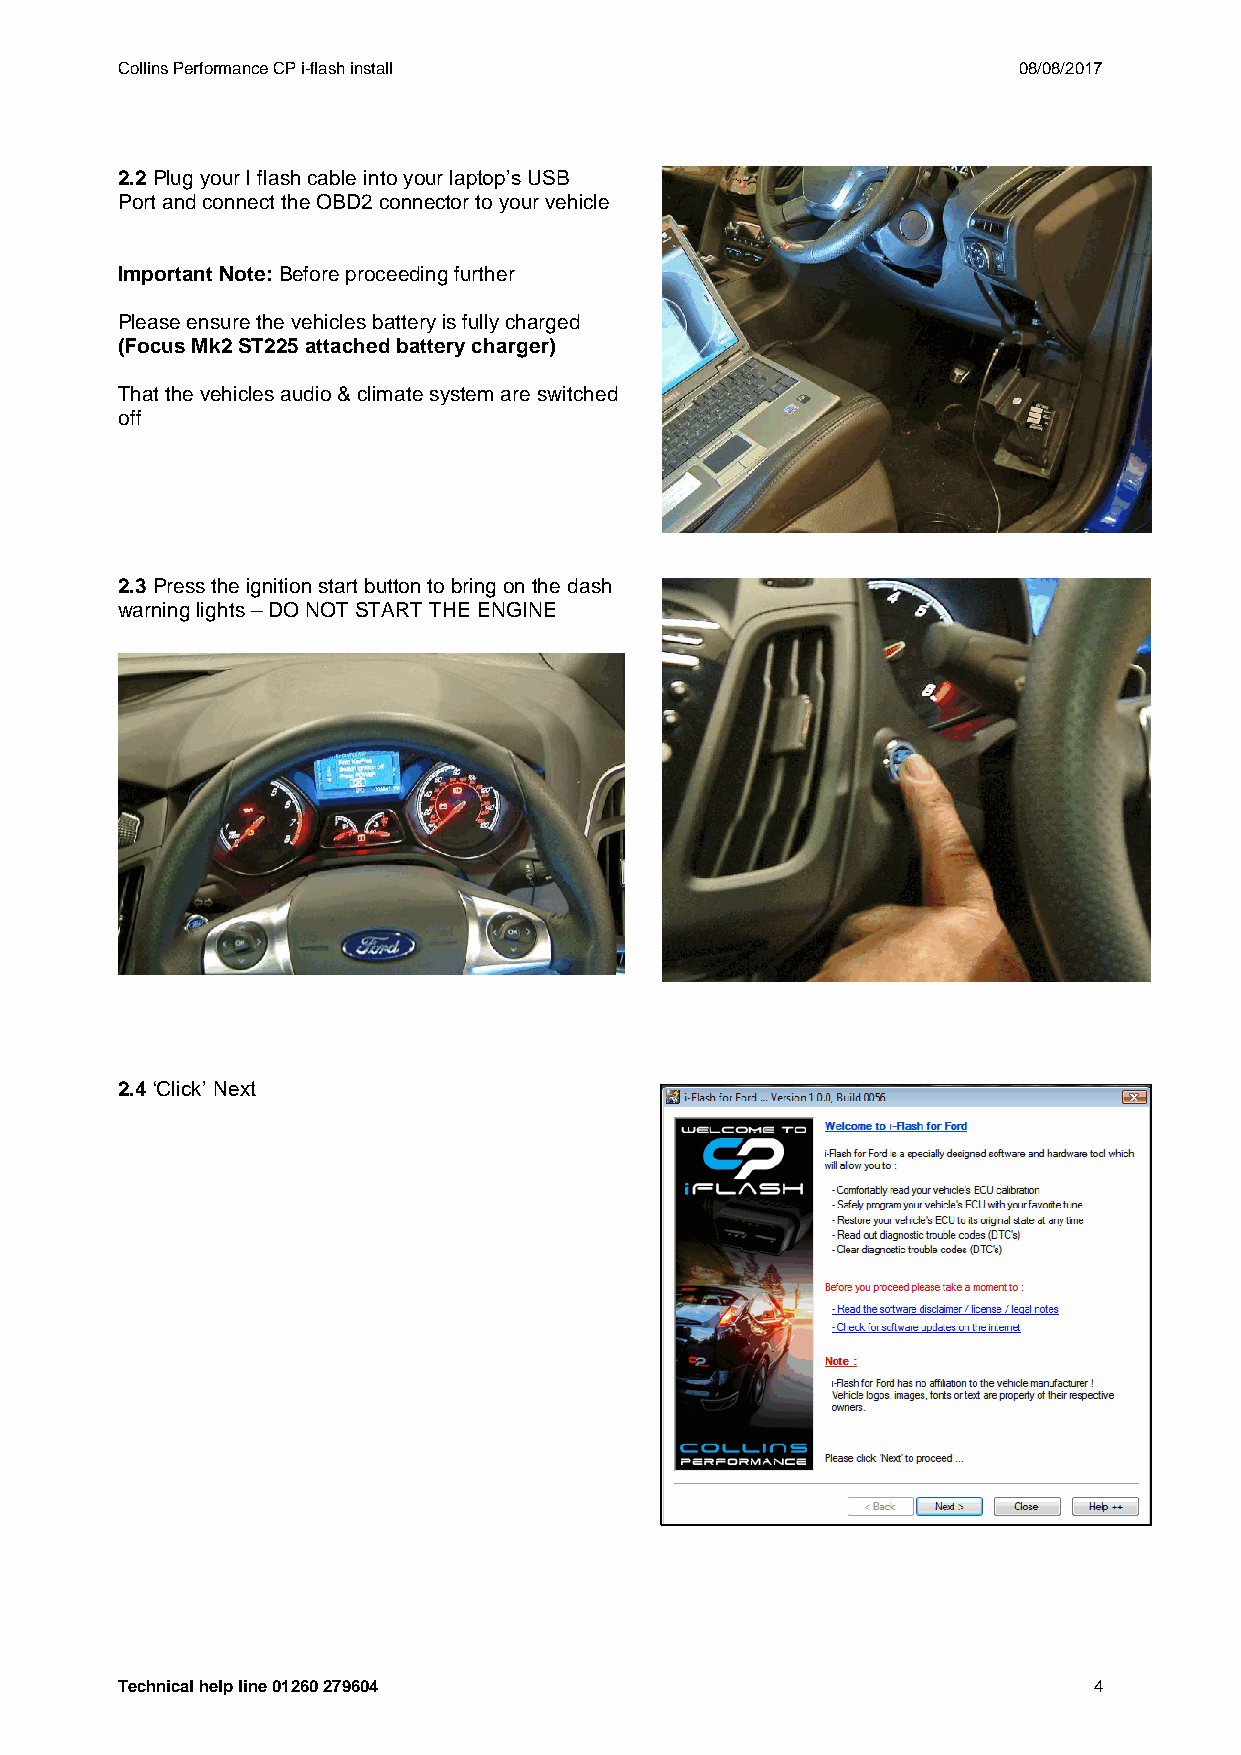
Collins Performance CP i-flash install                     08/08/2017
 2.2 Plug your I flash cable into your laptop’s USB
 Port and connect the OBD2 connector to your vehicle
 Important Note: Before proceeding further
 Please ensure the vehicles battery is fully charged
 (Focus Mk2 ST225 attached battery charger)
 That the vehicles audio & climate system are switched
 off
 2.3 Press the ignition start button to bring on the dash
 warning lights – DO NOT START THE ENGINE
 2.4 ‘Click’ Next
 Technical help line 01260 279604                                4